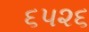
૬૫૨૬